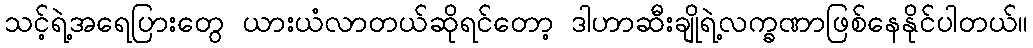
သင့်ရဲ့အရေပြားတွေ ယားယံလာတယ်ဆိုရင်တော့ ဒါဟာဆီးချိုရဲ့လက္ခဏာဖြစ်နေနိုင်ပါတယ်။